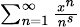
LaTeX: \scriptstyle\sum_{n=1}^{\infty}{\frac{x^{n}}{n^{s}}}